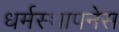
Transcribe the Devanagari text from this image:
धर्मस्थापनेस